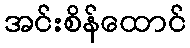
အင်းစိန်ထောင်